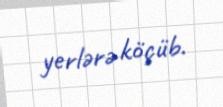
yerlərə köçüb.